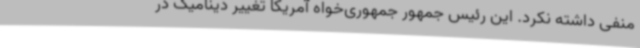
منفی داشته نکرد. این رئیس جمهور جمهوری‌خواه آمریکا تغییر دینامیک در